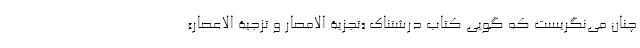
چنان می‌نگریست که گویی کتاب درشتناک «تجزیة الامصار و تزجیة الاعصار»